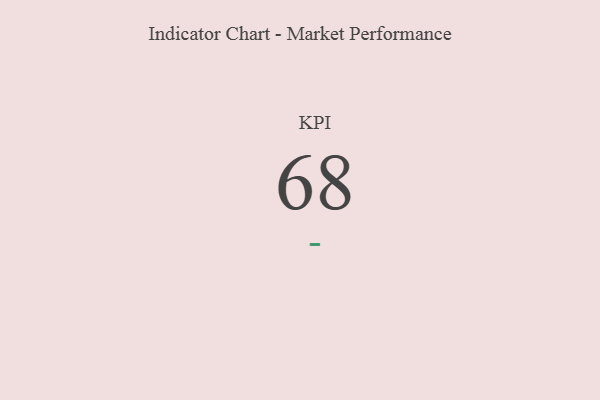
{"axis": {"x": "KPI", "y": "Value"}, "legend": [""], "data": [{"x": "KPI", "y": 68, "type": ""}]}